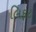
લિફટ